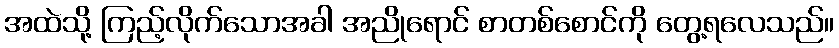
အထဲသို့ ကြည့်လိုက်သောအခါ အညိုရောင် စာတစ်စောင်ကို တွေ့ရလေသည်။